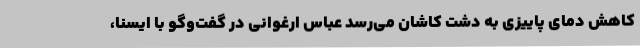
کاهش دمای پاییزی به دشت کاشان می‌رسد عباس ارغوانی در گفت‌وگو با ایسنا،